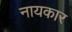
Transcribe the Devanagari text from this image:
नायकार